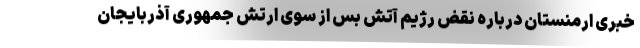
خبری ارمنستان درباره نقض رژیم آتش بس از سوی ارتش جمهوری آذربایجان